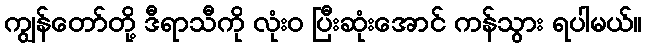
ကျွန်တော်တို့ ဒီရာသီကို လုံး၀ ပြီးဆုံးအောင် ကန်သွား ရပါမယ်။